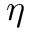
\eta